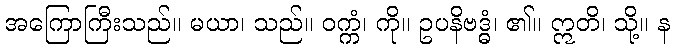
အကြောကြီးသည်။ မယာ၊ သည်။ ဝက္ကံ၊ ကို။ ဥပနိဗဒ္ဓံ၊ ၏။ ဣတိ၊ သို့။ န